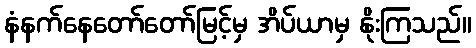
နံနက်နေတော်တော်မြင့်မှ အိပ်ယာမှ နိုးကြသည်။